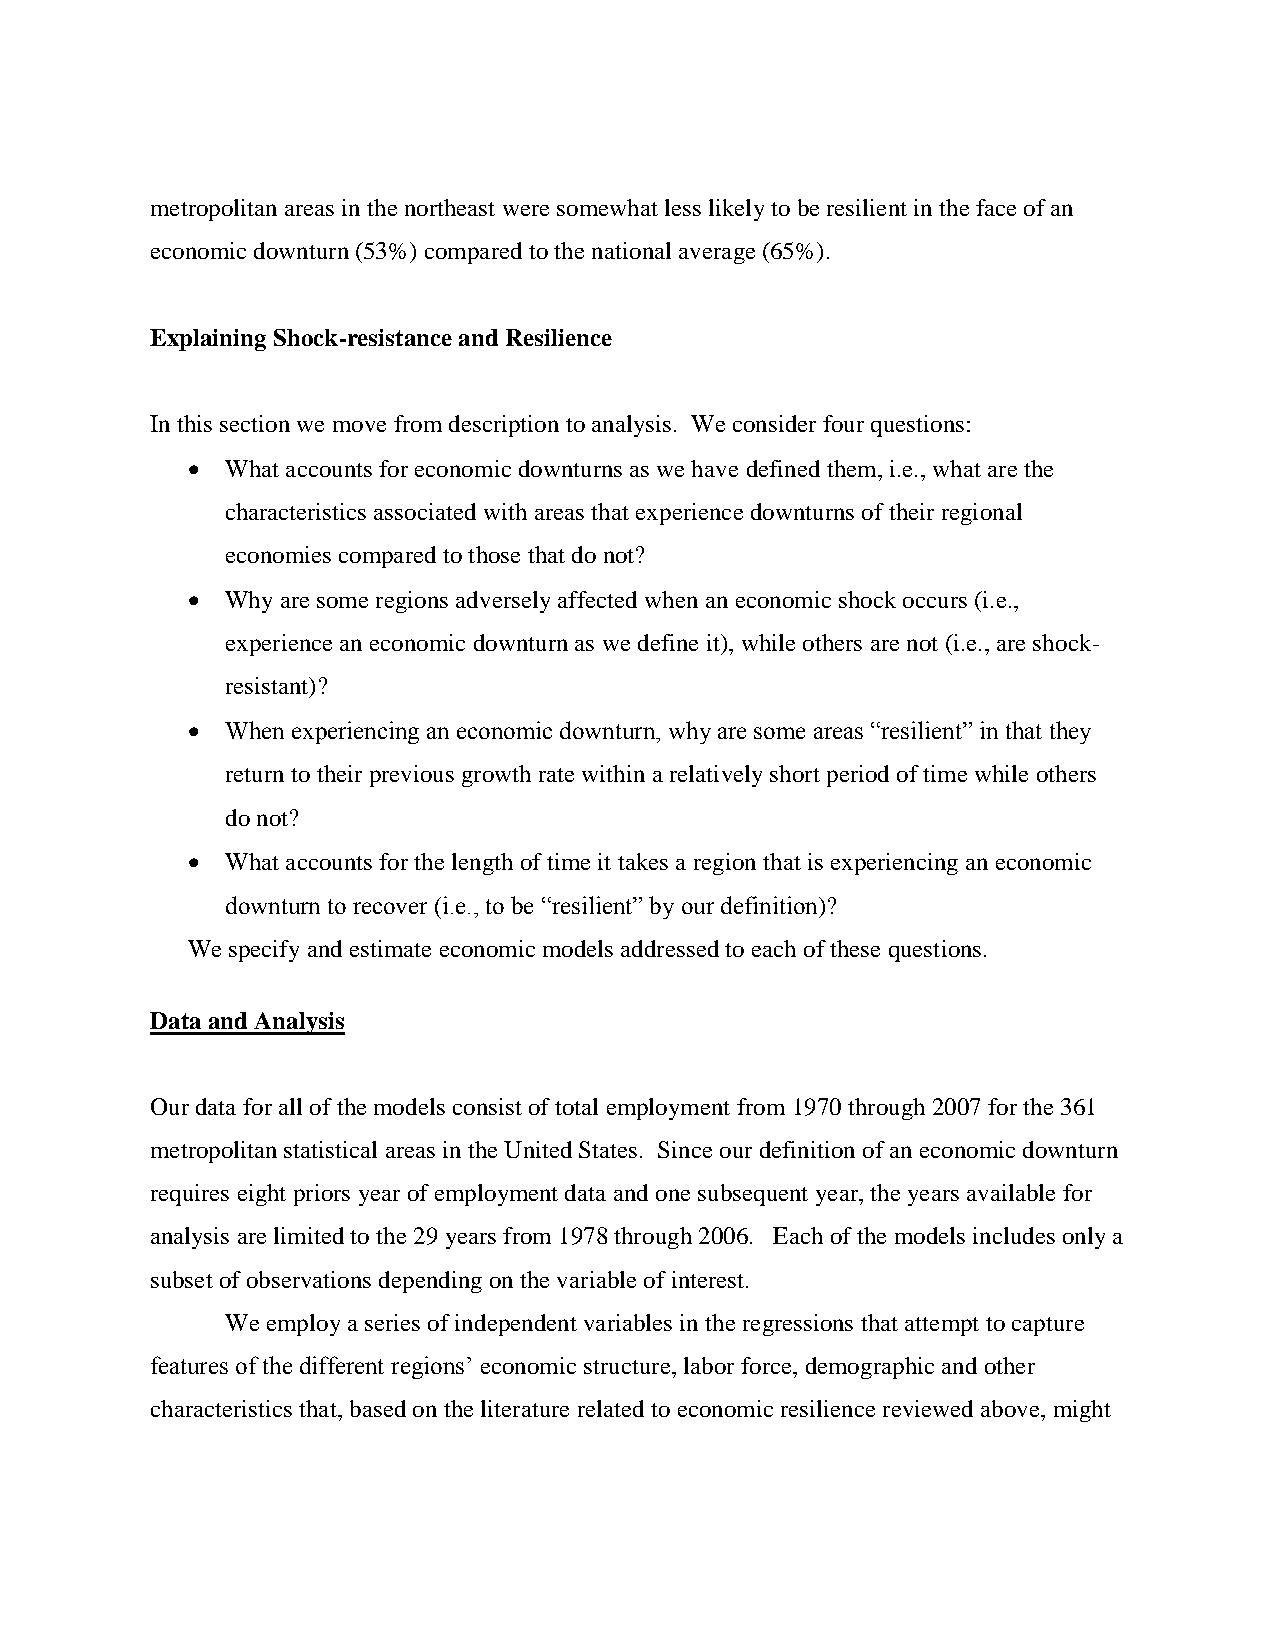
metropolitan areas in the northeast were somewhat less likely to be resilient in the face of an
 economic downturn (53%) compared to the national average (65%).
 Explaining Shock-resistance and Resilience
 In this section we move from description to analysis. We consider four questions:
   What accounts for economic downturns as we have defined them, i.e., what are the
 characteristics associated with areas that experience downturns of their regional
 economies compared to those that do not?
   Why are some regions adversely affected when an economic shock occurs (i.e.,
 experience an economic downturn as we define it), while others are not (i.e., are shock-
 resistant)?
   When experiencing an economic downturn, why are some areas “resilient” in that they
 return to their previous growth rate within a relatively short period of time while others
 do not?
   What accounts for the length of time it takes a region that is experiencing an economic
 downturn to recover (i.e., to be “resilient” by our definition)?
 We specify and estimate economic models addressed to each of these questions.
 Data and Analysis
 Our data for all of the models consist of total employment from 1970 through 2007 for the 361
 metropolitan statistical areas in the United States. Since our definition of an economic downturn
 requires eight priors year of employment data and one subsequent year, the years available for
 analysis are limited to the 29 years from 1978 through 2006. Each of the models includes only a
 subset of observations depending on the variable of interest.
 We employ a series of independent variables in the regressions that attempt to capture
 features of the different regions’ economic structure, labor force, demographic and other
 characteristics that, based on the literature related to economic resilience reviewed above, might